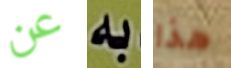
عن به هذا